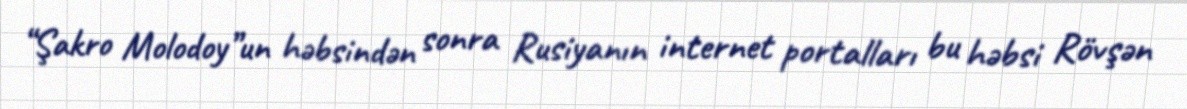
“Şakro Molodoy”un həbsindən sonra Rusiyanın internet portalları bu həbsi Rövşən